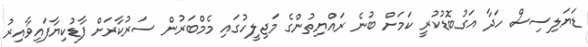
ޑަޔަލިސިސް ހަދާ އަގުބޮޑުކުރީ ކަމަށް ބުނެ ރައްޔިތުންގެ މަޖިލީހުގައި މެމްބަރުން ސަރުކާރަށް ފާޑުކިޔާފައިވާއިރު